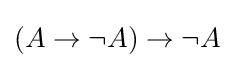
(A\to \lnot A)\to \lnot A